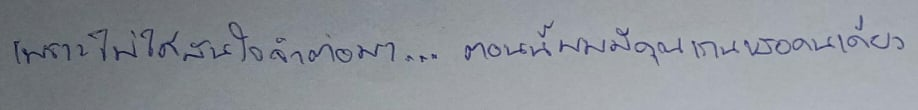
เพราะไม่ได้สนใจจำต่อมา...ตอนนี้ผมมีคุณเกนเธอคนเดียว